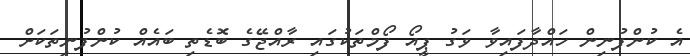
އެ ކުންފުނިން ހައްދާފައިވާ ވަގު ޕީއޯ ފޯމްތަކުގައި ރާއްޖޭގެ ބޮޑެތި ބައެއް ކުންފުނިތަކަށް